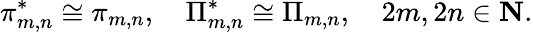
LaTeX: \pi_{m,n}^{*}\cong\pi_{m,n},\quad\Pi_{m,n}^{*}\cong\Pi_{m,n},\quad 2m,2n\in\mathbf{N}.